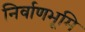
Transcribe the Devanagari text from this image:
निर्वाणभूमि